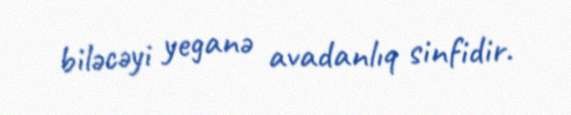
biləcəyi yeganə avadanlıq sinfidir.